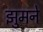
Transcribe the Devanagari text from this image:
झुमने